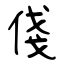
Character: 俴